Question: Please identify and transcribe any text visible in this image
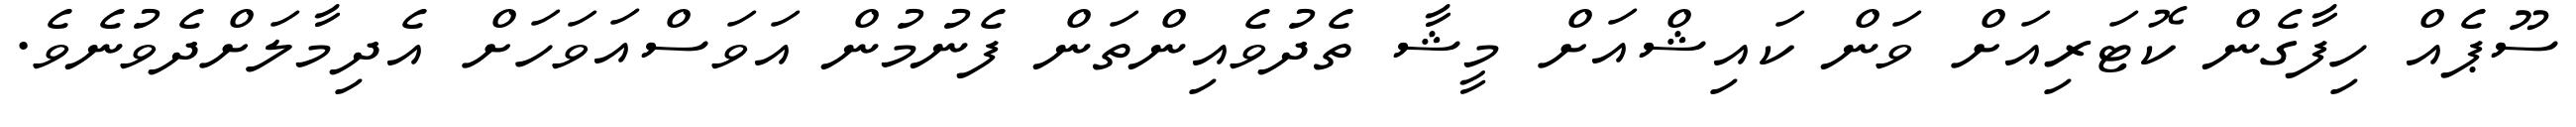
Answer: ސޫޕެއް ހިފާގެން ކޮޓަރިއަށް ވަން ކައިޝްއަށް މީޝާ ތެދުވެއިންތަން ފެނުމުން އަވަސްއަވަހަށް އެދިމާލަށްދެވުނެވެ.